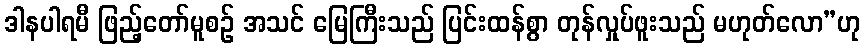
ဒါနပါရမီ ဖြည့်တော်မူစဉ် အသင် မြေကြီးသည် ပြင်းထန်စွာ တုန်လှုပ်ဖူးသည် မဟုတ်လော”ဟု